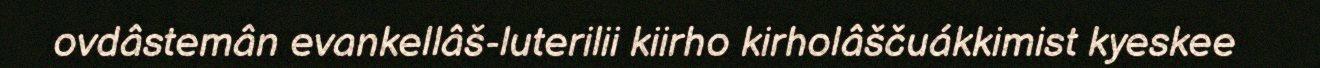
ovdâstemân evankellâš-luterilii kiirho kirholâščuákkimist kyeskee